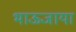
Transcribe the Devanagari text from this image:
भाऊजाया